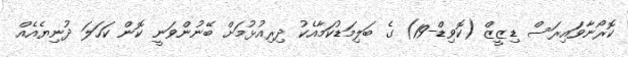
ކޮރޯނާވައިރަސް ޑިޒީޒް (ކޮވިޑް-19) ގެ ބަލިމަޑުކަމާއެކު ދިރިއުޅުމަށް ބޭނުންވަނީ ކޮން ކަހަލަ ދުނިޔެއެއް